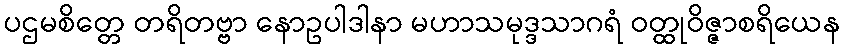
ပဌမစိတ္တေ တရိတဗ္ဗာ နောဥပါဒါနာ မဟာသမုဒ္ဒသာဂရံ ဝတ္ထုဝိဇ္ဇာစရိယေန